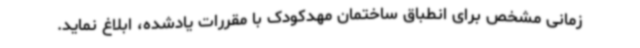
زمانی مشخص برای انطباق ساختمان مهدکودک با مقررات یادشده، ابلاغ نماید.